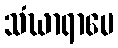
သံဃာရာမေ